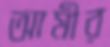
আমীর